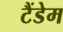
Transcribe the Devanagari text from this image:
टैंडेम